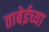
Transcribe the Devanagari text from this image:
ताबेईच्या